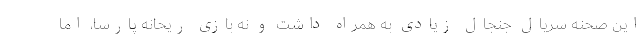
این صحنه سریال جنجال زیادی به همراه داشت و نه بازی ریحانه پارسا، اما